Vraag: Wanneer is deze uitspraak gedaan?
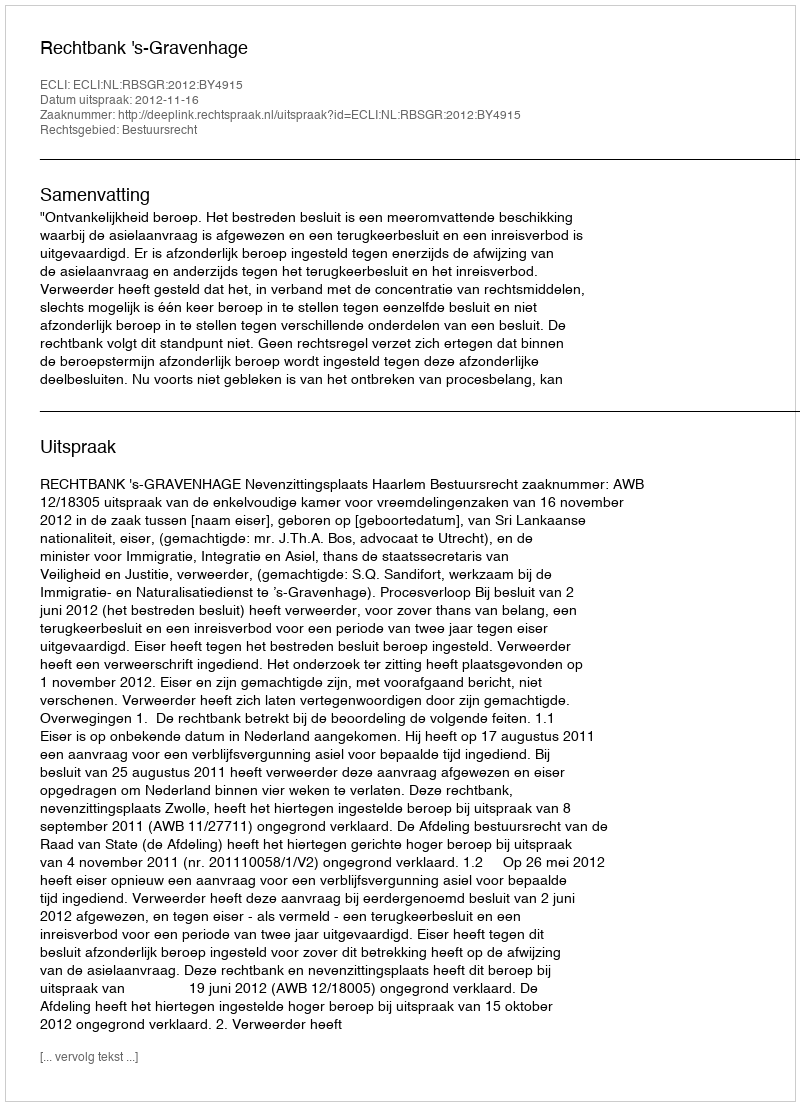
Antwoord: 2012-11-16